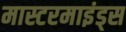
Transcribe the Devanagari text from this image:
मास्टरमाइंड्स